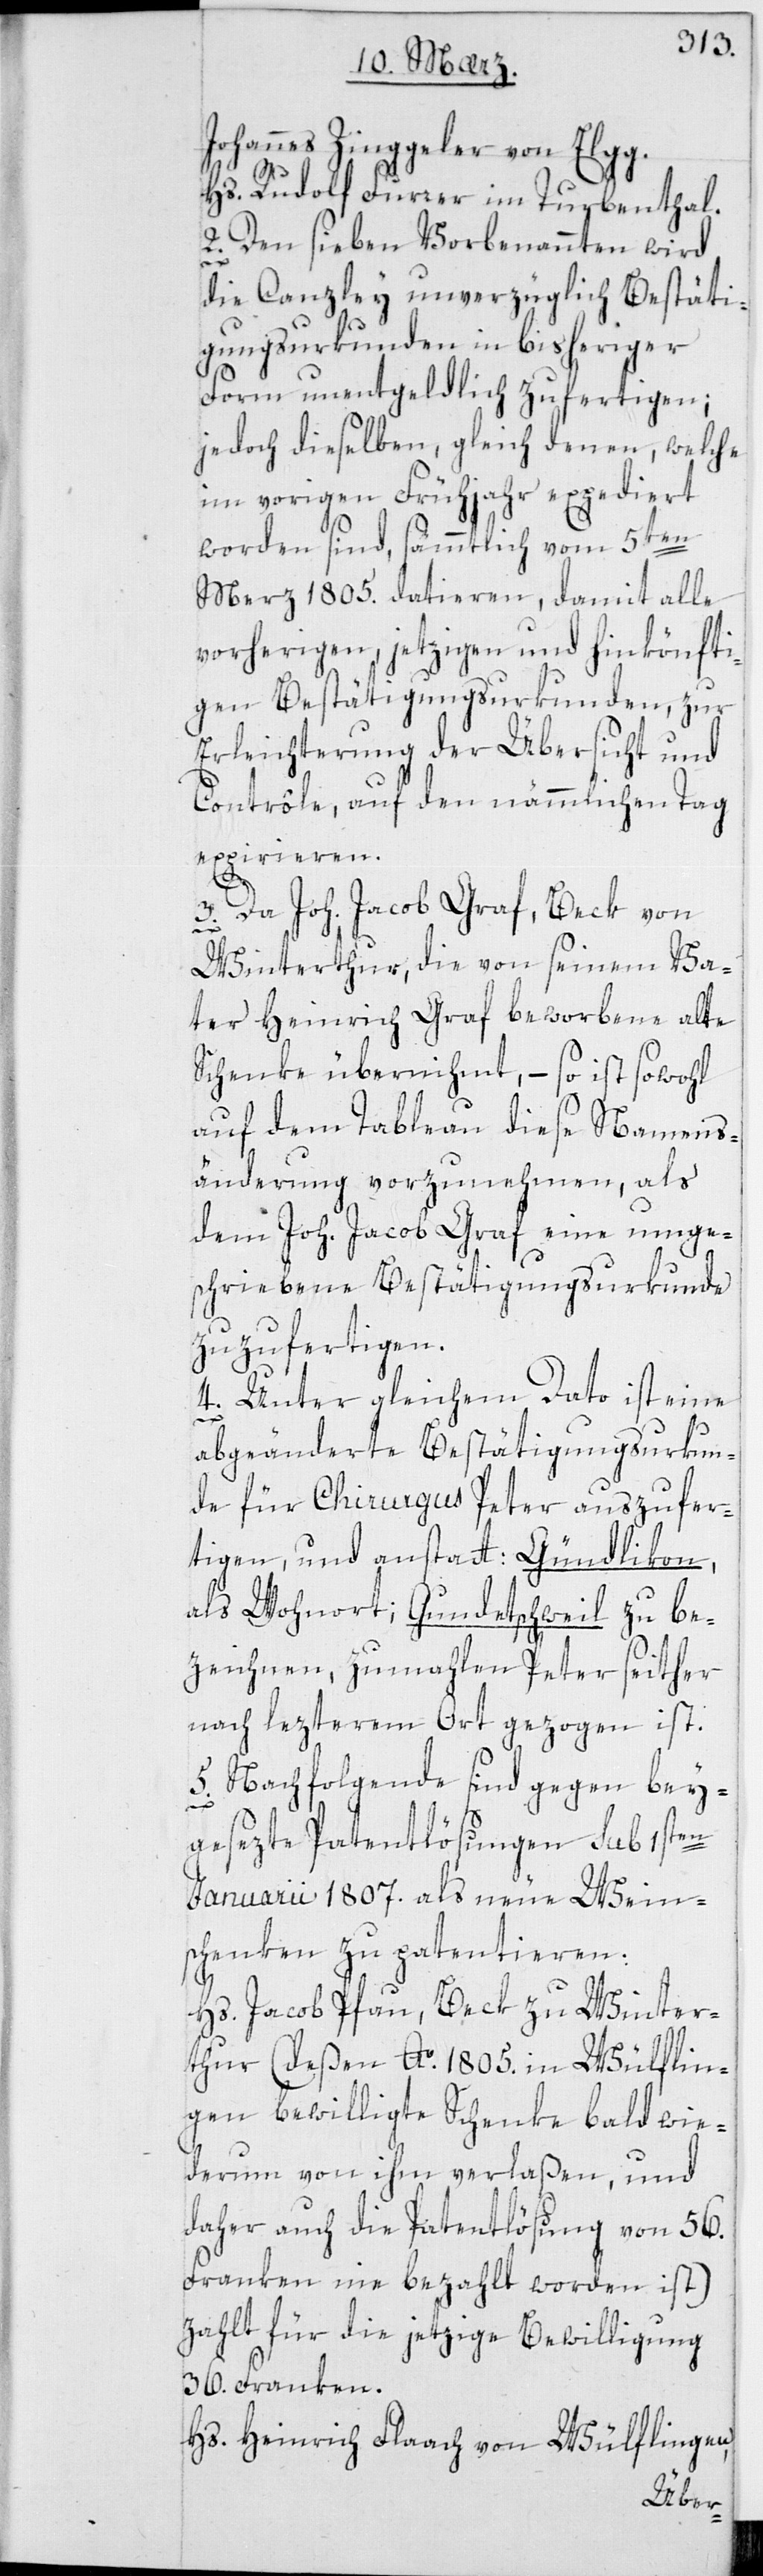
Johannes Zinggeler von Elgg.
Hs. Rudolf Furrer im Turbenthal.
2. Den sieben Vorbenannten wird
die Canzley unverzüglich Bestäti¬
gungs-Urkunden in bisheriger
Form unentgeldlich zufertigen;
jedoch dieselben, gleich denen welche
im vorigen Frühjahr expediert
worden sind, sämmtlich vom 5ten
Merz 1805. datieren, damit alle
vorherigen, jetzigen und hinkönfti¬
gen Bestätigungsurkunden, zur
Erleichterung der Übersicht und
Contrôle, auf den nämmlichen Tag
expirieren.
3. Da Joh. Jacob Graf, Beck von
Winterthur, die von seinem Va¬
ter Heinrich Graf beworbene alte
Schenke übernihmt, – so ist sowohl
auf dem Tableau diese Namens¬
änderung vorzunehmen, als
dem Joh. Jacob Graf eine umge¬
schriebene Bestätigungsurkunde
zuzufertigen.
4. Unter gleichem Dato ist eine
abgeänderte Bestätigungsurkun¬
de für Chirurgus Peter auszufer¬
tigen, und anstatt Gündlikon
als Wohnort Gundetschweil zu be¬
zeichnen, zumahlen Peter seither
nach lezterem Ort gezogen ist.
5. Nachfolgende sind gegen bei¬
gesezte Patentlösungen sub 1sten
Januarii 1807. als neue Wein¬
schenken zu patentieren:
Hs. Jacob Pfau, Beck zu Winter¬
thur (deßen Ao. 1805. in Wülflin¬
gen bewilligte Schenke bald wie¬
derum von ihm verlaßen, und
daher auch die Patentlösung von 56.
Franken nie bezahlt worden ist),
zahlt für die jetzige Bewilligung
36. Franken.
Hs. Heinrich Flaach von Wülflingen,